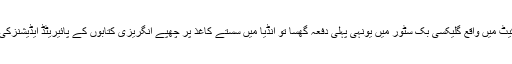
2005 میں لاھور لبرٹی مارکیٹ میں واقع گلیکسی بک سٹور میں یونہی پہلی دفعہ گُھسا تو انڈیا میں سستے کاغذ پر چھپے انگریزی کتابوں کے پائیریٹڈ ایڈیشنزکی قیمتیں دیکھ کر حیران ھو گیا۔